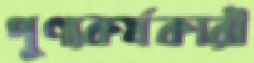
পুণ্যকর্মকারী